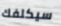
سيكلفك